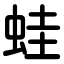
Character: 蛙